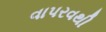
વાપરવથી